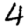
Digit: 4